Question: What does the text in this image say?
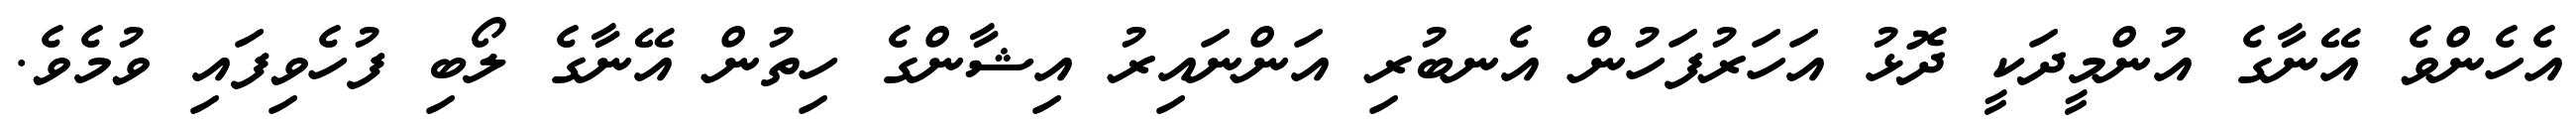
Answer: އެހެންވެ އޭނާގެ އުންމީދަކީ ދޮޅު އަހަރުފަހުން އެނބުރި އަންނައިރު އިޝާންގެ ހިތުން އޭނާގެ ލޯބި ފުހެވިފައި ވުމެވެ.